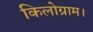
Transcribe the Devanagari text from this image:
किलोग्राम।